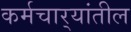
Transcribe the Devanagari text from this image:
कर्मचार्‍यांतील